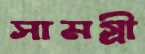
সামগ্রী